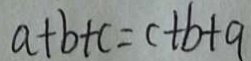
a + b + c = c + b + q